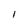
Character: I